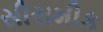
સીરામીક